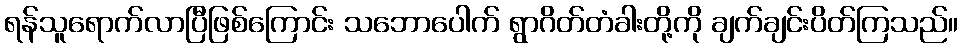
ရန်သူရောက်လာပြီဖြစ်ကြောင်း သဘောပေါက် ရွာဂိတ်တံခါးတို့ကို ချက်ချင်းပိတ်ကြသည်။